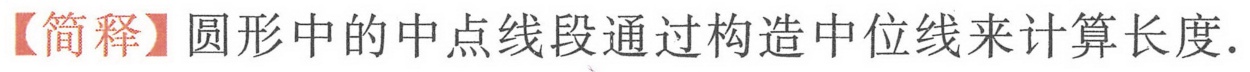
【简释】圆形中的中点线段通过构造中位线来计算长度.